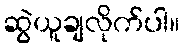
ဆွဲယူချလိုက်ပါ။